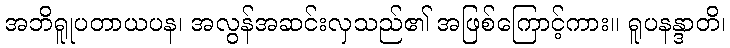
အဘိရူုပတာယပန၊ အလွန်အဆင်းလှသည်၏ အဖြစ်ကြောင့်ကား။ ရူပနန္ဒာတိ၊